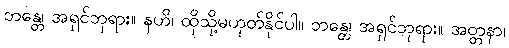
ဘန္တေ၊ အရှင်ဘုရား။ နဟိ၊ ထိုသို့မဟုတ်နိုင်ပါ။ ဘန္တေ၊ အရှင်ဘုရား။ အတ္တနာ၊